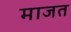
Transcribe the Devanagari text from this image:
माजत